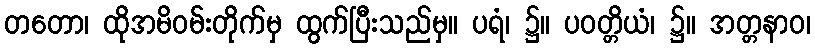
တတော၊ ထိုအမိဝမ်းတိုက်မှ ထွက်ပြီးသည်မှ။ ပရံ၊ ၌။ ပဝတ္တိယံ၊ ၌။ အတ္တနာဝ၊